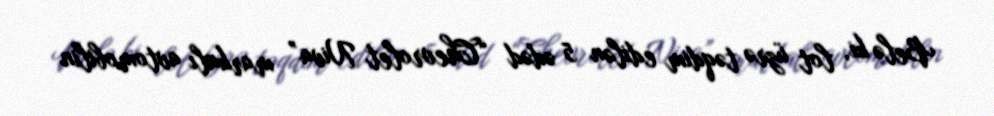
Belə ki, lot üzrə təqdim edilən 5 ədəd “Chevrolet Niva” markalı avtomobilin